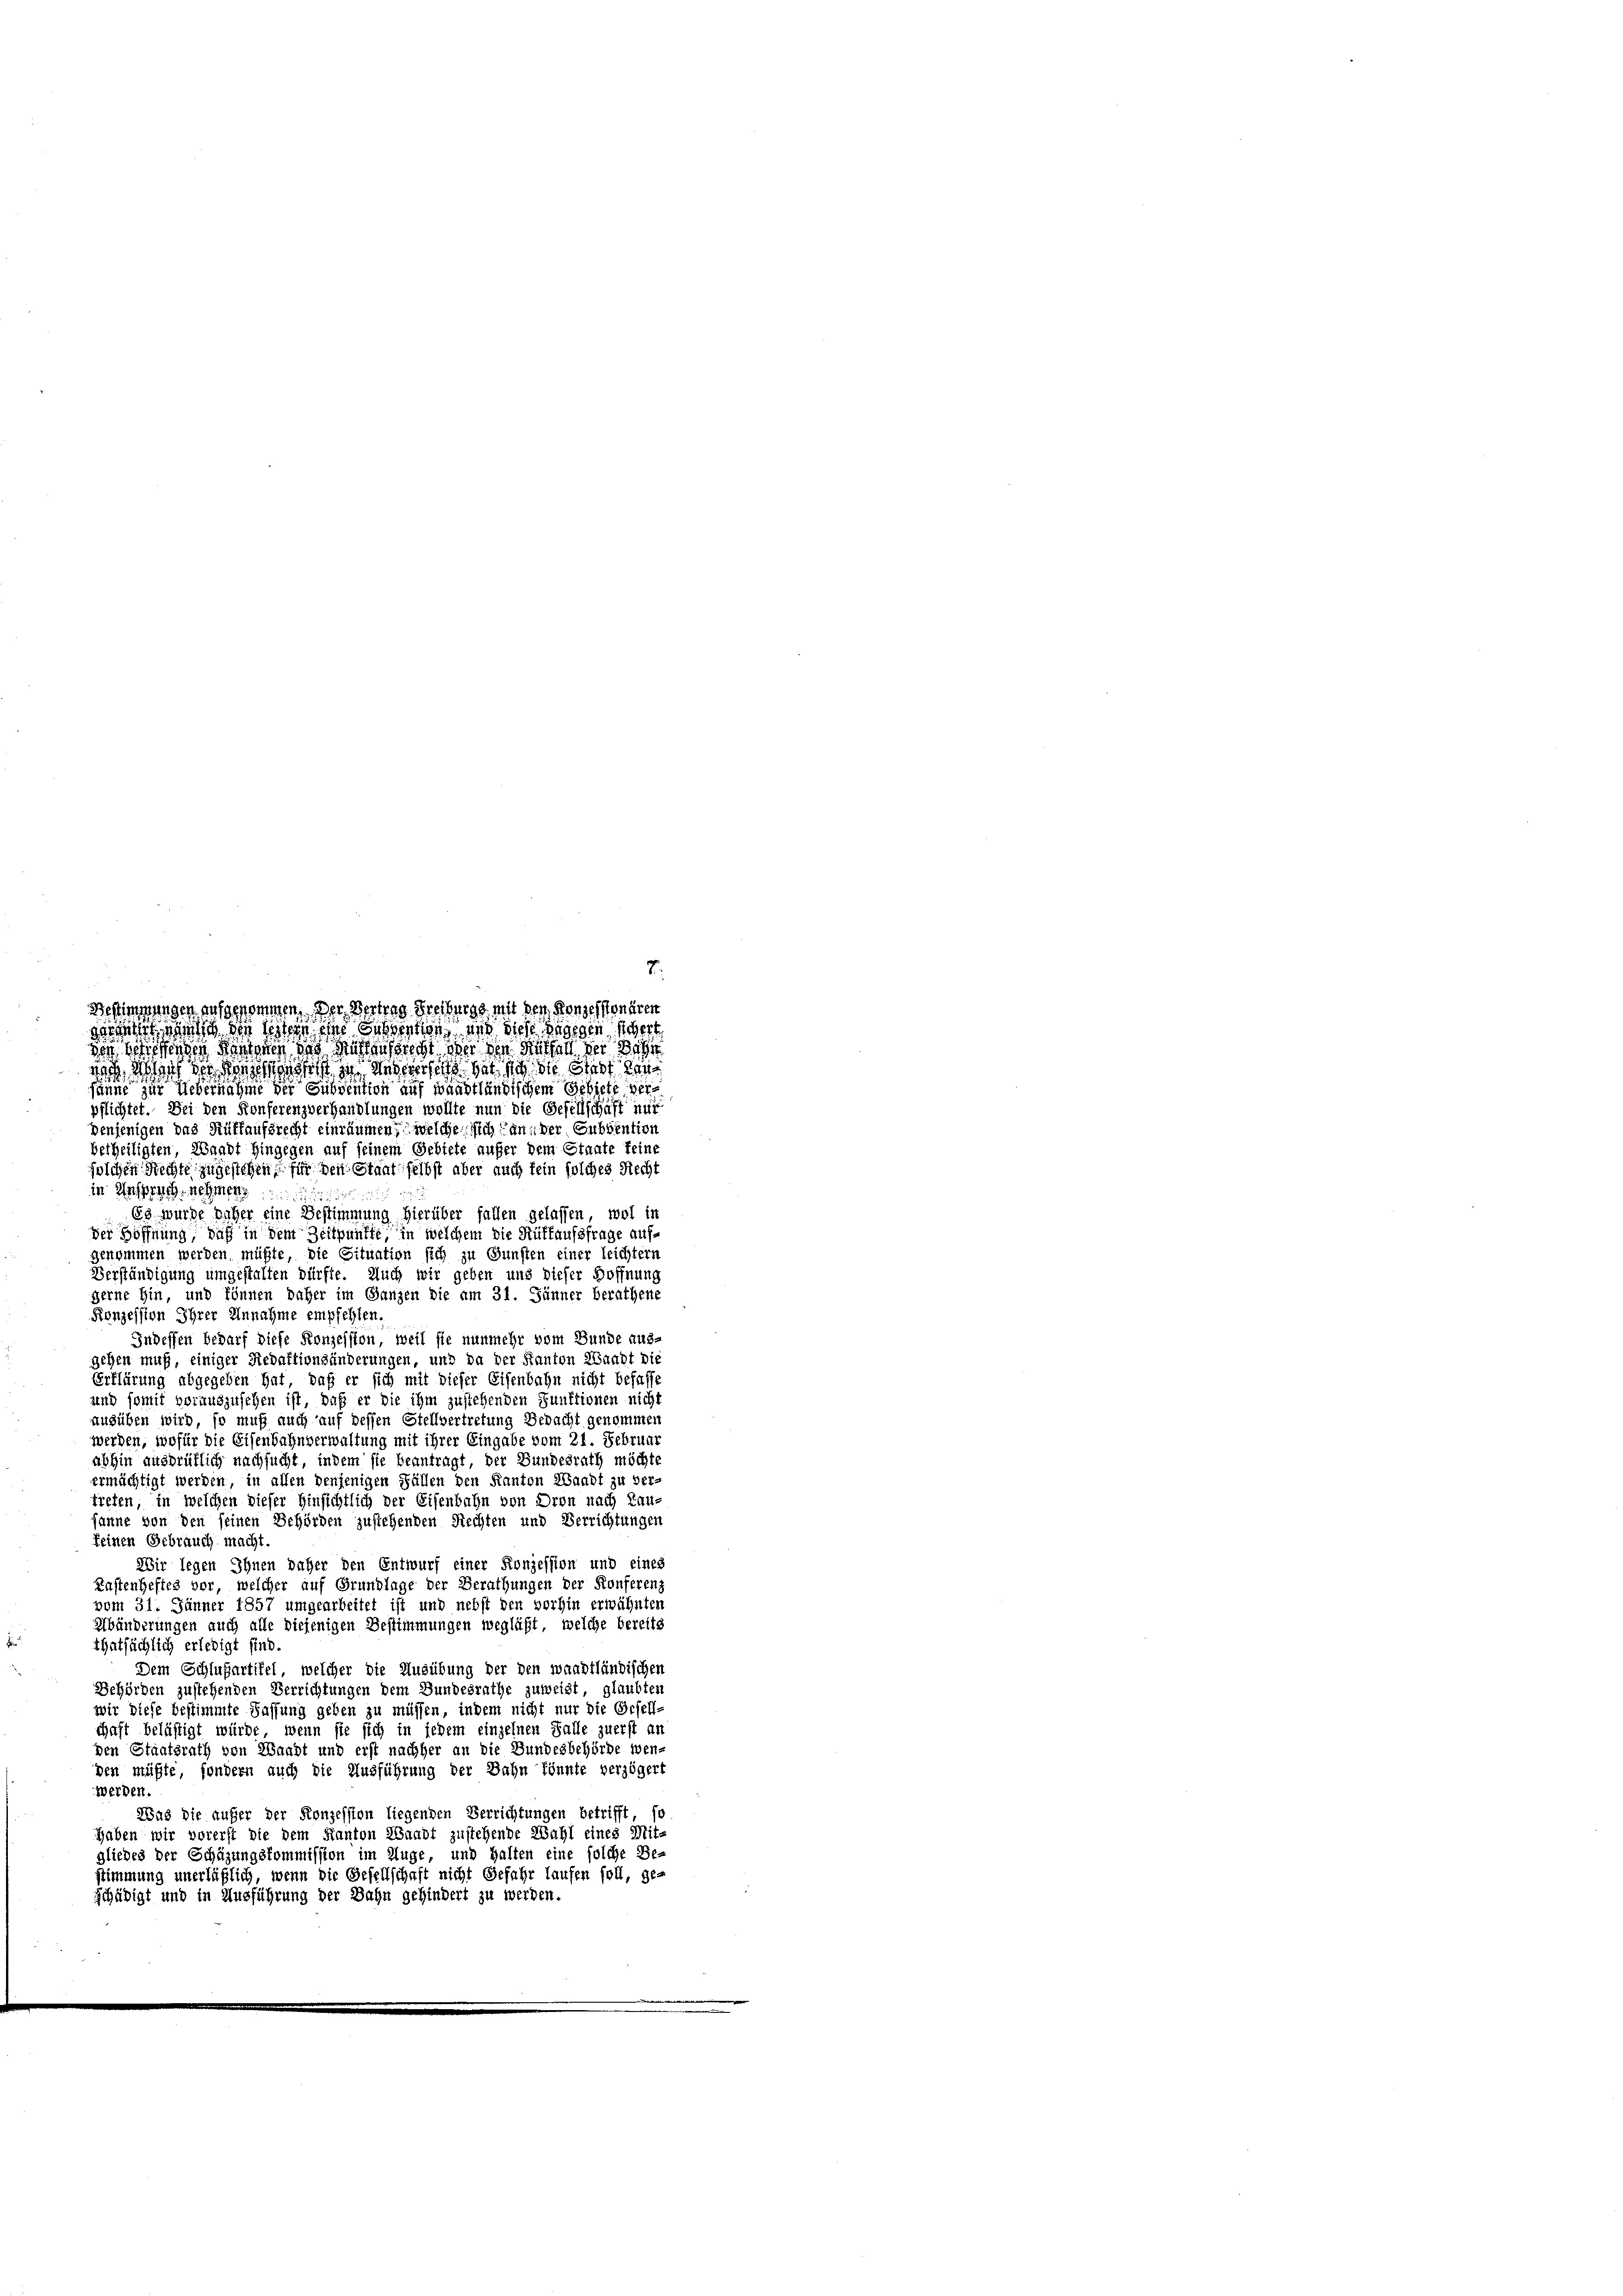
Bestimmungen aufgenommen. Der Vertrag Freiburg mit den Konzessionären
gesteht, wen sich die Weisen eine Subvention und Siehe dagegen sichert
de. Siehenden Kantonen das Mustensprecht der den Mithall der Wahr
n ich auf die ist zu anderer sich hat sich die Stadt dan

7.

sanne zur Uebernahme der Subvention auf waadtländischem Gebiete verpflichtet. Bei den Konferenzverhandlungen wollte nun die Gesellschaft mit
denjenigen das Rüffaufsrecht einräumen, welche sich an der Subvention
betheiligten, Waadt Hingegen auf seinem Gebiete außer dem Staate keine
solchen Rechte zugestehen, für den Staat selbst aber auch fein solches Recht
in Anspruch nehmen
Es wurde daher eine Bestimmung hierüber fallen gelassen, wol in
der Höffnung, daß in dem Zeitpunkte, in welchem die Rüttaufsfrage aufgenommen werden müßte, die Situation sich zu Gunsten einer leichtern
Verständigung umgestalten dürfte. Auch wir geben und dieser Hoffnung
gerne hin, und können daher im Ganzen die am 31. Jänner berathene
Konzession Ihrer Annahme empfehlen.
Indessen bedarf diese Konzession, weil sie nunmehr vom Bunde aus-
gehen muß, einiger Redaktionsänderungen, und da der Kanton Waadt die
Erklärung abgegeben hat, daß er sich mit dieser Eisenbahn nicht befasse
und somit vorauszusehen ist, daß er die ihm zustehenden Punktionen nicht
ausüben wird, so muß auch auf dessen Stellvertretung Bedacht genommen
werden, wofür die Eisenbahnverwaltung mit ihrer Eingabe vom 21. Februar
abhin ausdrüklich nachsucht, indem sie beantragt, der Bundesrath möchte
ermächtigt werden, in allen denjenigen Fällen den Kanton Waadt zu ver-
treten, in welchen dieser Hinsichtlich der Eisenbahn von Dron nach Lau-
fanne von den seinen Behörden zustehenden Rechten und Verrichtungen
keinen Gebrauch macht
Wir legen Ihnen daher den Entwurf einer Konzession und eines
Kastenheftes vor, welcher auf Grundlage der Berathungen der Konferenz
vom 31. Jänner 1857 umgearbeitet ist und nebst den vorhin erwähnten
Abänderungen auch alle diejenigen Bestimmungen weglißt, welche bereits
thatsächlich erledigt sind.
Dem Schlußartifel, welcher die Ausübung der den waadtländischen
Behörden zustehenden Verrichtungen dem Bundesrathe zuweist, glaubten
wir diese bestimmte Fassung geben zu müssen, indem nicht nur die Gesell-
chaft belästigt würde, wenn sie sich in jedem einzelnen Falle zuerst an
den Staatsrath von Waadt und erst nachher an die Bundesbehörde wenben müßte, sondern auch die Ausführung der Bahn könnte verzögert
werden
Was die aufer der Konzession liegenden Verrichtungen betrifft, so
haben wir vorerst die dem Kanton Waadt zustehende Wahl eines Mit-
gliedes der Schüzungskommission im Auge, und halten eine solche Be-
stimmung unerläßlich, wenn die Gesellschaft nicht Gefahr laufen soll, ge-
schädigt und in Ausführung der Bahn gehindert zu werden.
.